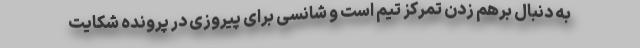
به دنبال برهم زدن تمرکز تیم است و شانسی برای پیروزی در پرونده شکایت